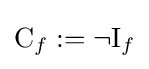
{\mathrm {C} _{f}}:=\neg {\mathrm {I} _{f}}